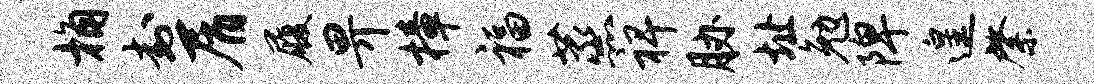
桷封屑履畀樟福蒸裨胁址勉陴遑綮